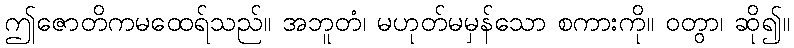
ဤဇောတိကမထေရ်သည်။ အဘူတံ၊ မဟုတ်မမှန်သော စကားကို။ ဝတွာ၊ ဆို၍။